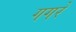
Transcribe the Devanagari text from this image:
गगरे